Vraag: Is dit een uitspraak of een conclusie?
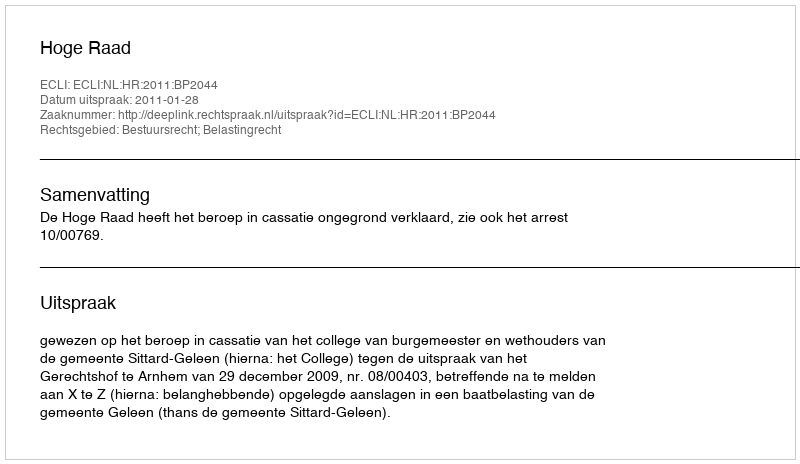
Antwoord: Uitspraak